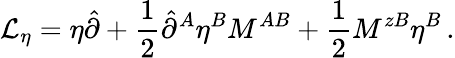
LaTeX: {\cal L}_{\eta}=\eta\hat{\partial}+\frac{1}{2}\hat{\partial}^{A}\eta^{B}M^{AB}+\frac{1}{2}M^{zB}\eta^{B}\, .